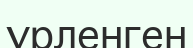
үрленген